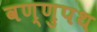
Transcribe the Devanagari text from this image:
वण्णुपथ